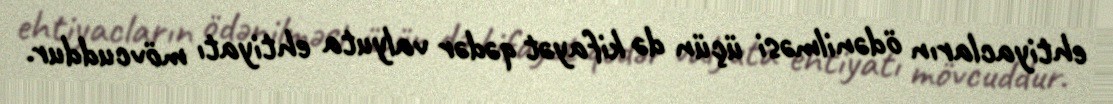
ehtiyacların ödənilməsi üçün də kifayət qədər valyuta ehtiyatı mövcuddur.